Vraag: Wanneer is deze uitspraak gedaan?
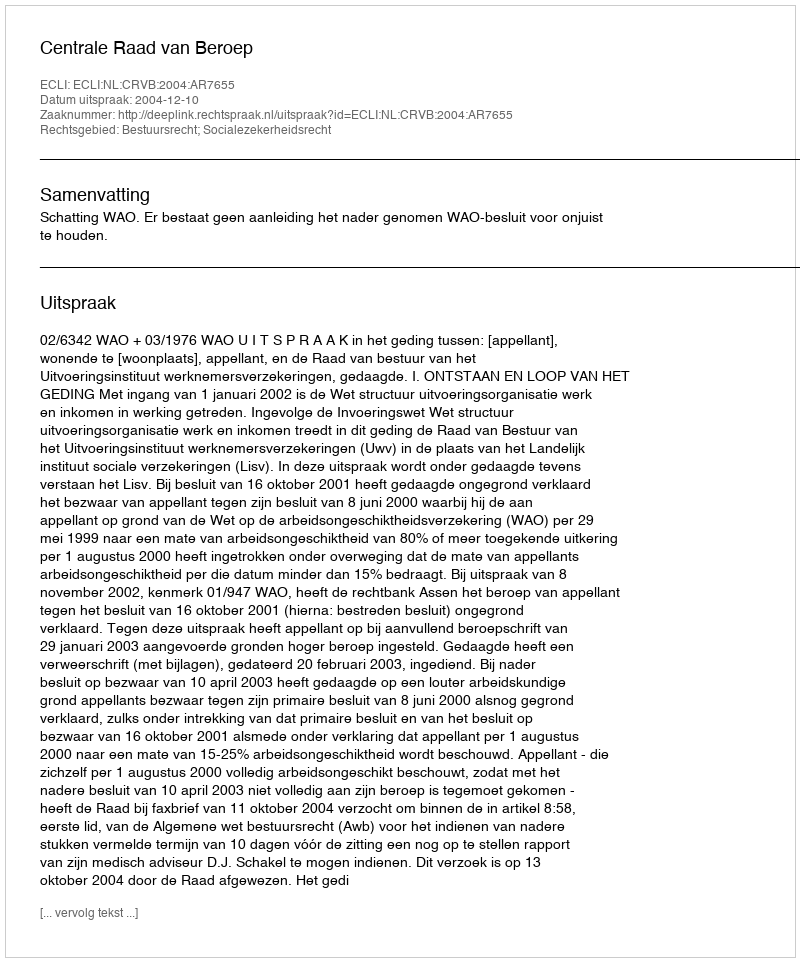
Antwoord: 2004-12-10